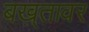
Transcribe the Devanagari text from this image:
बख़्तावर